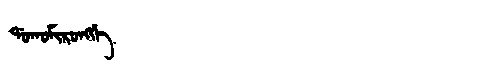
Manchu: ᡩᠣᡴᠣᠮᡳᡵᠣᠩᡤᡝ
Romanization: DOKOMIRONGGE